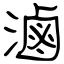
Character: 滷